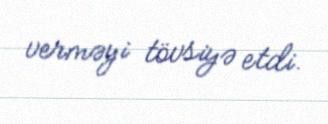
verməyi tövsiyə etdi.